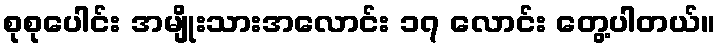
စုစုပေါင်း အမျိုးသားအလောင်း ၁၇ လောင်း တွေ့ပါတယ်။